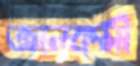
জ্ঞানকর্মী